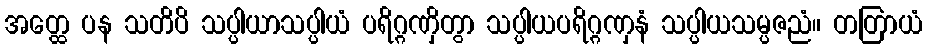
အတ္ထေ ပန သတိပိ သပ္ပါယာသပ္ပါယံ ပရိဂ္ဂဏှိတွာ သပ္ပါယပရိဂ္ဂဏှနံ သပ္ပါယသမ္ပဇညံ။ တတြာယံ